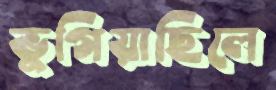
ভুগিয়াছিলে